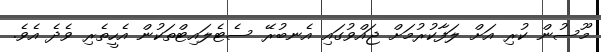
މޫސުން ކުރި އަށް ލަފާކުރުމަށް ޖައްވުގައި އެނބުރޭ ސެޓެލައިޓްތަކުން އެހީތެރި ވެދެ އެވެ.